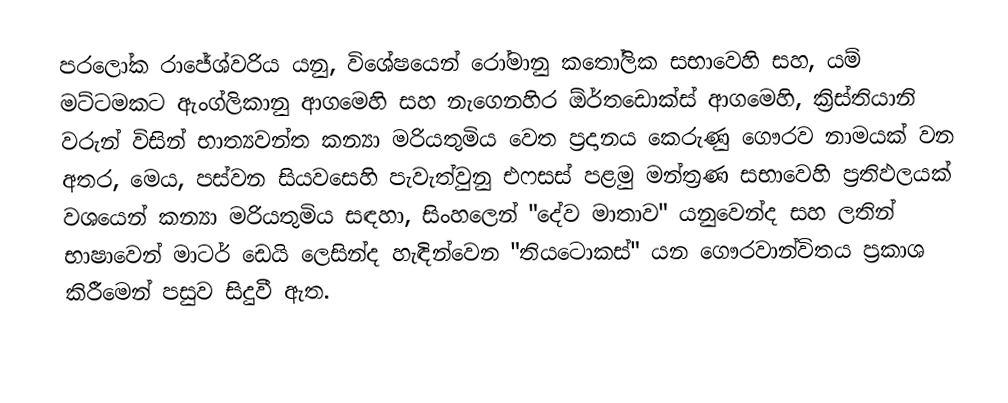
පරලෝක රාජේශ්වරිය යනු, විශේෂයෙන්   රෝමානු කතෝලික සභාවෙහි සහ, යම් මට්ටමකට  ඇංග්ලිකානු ආගමෙහි සහ  නැගෙනහිර ඕර්තඩොක්ස් ආගමෙහි,  ක්‍රිස්තියානි වරුන් විසින්  භාත්‍යවන්ත කන්‍යා මරියතුමිය වෙත ප්‍රදානය කෙරුණු ගෞරව නාමයක් වන අතර, මෙය, පස්වන සියවසෙහි පැවැත්වුනු එෆසස් පළමු මන්ත්‍රණ සභාවෙහි ප්‍රතිඵලයක් වශයෙන් කන්‍යා මරියතුමිය සඳහා, සිංහලෙන් "දේව මාතාව" යනුවෙන්ද  සහ ලතින් භාෂාවෙන් මාටර් ඩෙයි ලෙසින්ද හැඳින්වෙන "තියටොකස්" යන ගෞරවාන්විතය ප්‍රකාශ කිරීමෙන් පසුව සිදුවී ඇත.